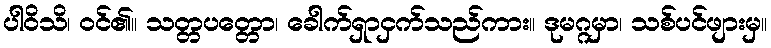
ပါဝိသိ၊ ဝင်၏။ သတ္တပတ္တော၊ ခေါက်ရှာငှက်သည်ကား။ ဒုမဂ္ဂမှာ၊ သစ်ပင်ဖျားမှ။